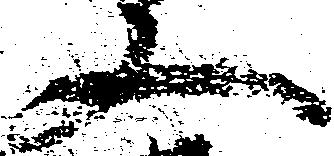
又